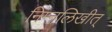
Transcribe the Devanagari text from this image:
निम्नलिखीत्